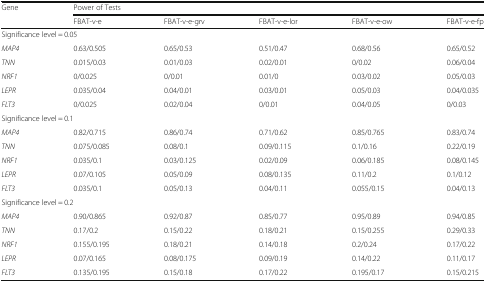
<table><thead><tr><td rowspan="2"><b>Gene</b></td><td colspan="5"><b>Power of Tests</b></td></tr><tr><td><b>FBAT-v-e</b></td><td><b>FBAT-v-e-grv</b></td><td><b>FBAT-v-e-lor</b></td><td><b>FBAT-v-e-ow</b></td><td><b>FBAT-v-e-fp</b></td></tr></thead><tbody><tr><td colspan="5">Significance level = 0.05</td><td></td></tr><tr><td><i>MAP4</i></td><td>0.63/0.505</td><td>0.65/0.53</td><td>0.51/0.47</td><td>0.68/0.56</td><td>0.65/0.52</td></tr><tr><td><i>TNN</i></td><td>0.015/0.03</td><td>0.01/0.03</td><td>0.02/0.01</td><td>0/0.02</td><td>0.06/0.04</td></tr><tr><td><i>NRF1</i></td><td>0/0.025</td><td>0/0.01</td><td>0.01/0</td><td>0.03/0.02</td><td>0.05/0.03</td></tr><tr><td><i>LEPR</i></td><td>0.035/0.04</td><td>0.04/0.01</td><td>0.03/0.01</td><td>0.05/0.03</td><td>0.04/0.035</td></tr><tr><td><i>FLT3</i></td><td>0/0.025</td><td>0.02/0.04</td><td>0/0.01</td><td>0.04/0.05</td><td>0/0.03</td></tr><tr><td colspan="5">Significance level = 0.1</td><td></td></tr><tr><td><i>MAP4</i></td><td>0.82/0.715</td><td>0.86/0.74</td><td>0.71/0.62</td><td>0.85/0.765</td><td>0.83/0.74</td></tr><tr><td><i>TNN</i></td><td>0.075/0.085</td><td>0.08/0.1</td><td>0.09/0.115</td><td>0.1/0.16</td><td>0.22/0.19</td></tr><tr><td><i>NRF1</i></td><td>0.035/0.1</td><td>0.03/0.125</td><td>0.02/0.09</td><td>0.06/0.185</td><td>0.08/0.145</td></tr><tr><td><i>LEPR</i></td><td>0.07/0.105</td><td>0.05/0.09</td><td>0.08/0.135</td><td>0.11/0.2</td><td>0.1/0.12</td></tr><tr><td><i>FLT3</i></td><td>0.035/0.1</td><td>0.05/0.13</td><td>0.04/0.11</td><td>0.055/0.15</td><td>0.04/0.13</td></tr><tr><td colspan="5">Significance level = 0.2</td><td></td></tr><tr><td><i>MAP4</i></td><td>0.90/0.865</td><td>0.92/0.87</td><td>0.85/0.77</td><td>0.95/0.89</td><td>0.94/0.85</td></tr><tr><td><i>TNN</i></td><td>0.17/0.2</td><td>0.15/0.22</td><td>0.18/0.21</td><td>0.15/0.255</td><td>0.29/0.33</td></tr><tr><td><i>NRF1</i></td><td>0.155/0.195</td><td>0.18/0.21</td><td>0.14/0.18</td><td>0.2/0.24</td><td>0.17/0.22</td></tr><tr><td><i>LEPR</i></td><td>0.07/0.165</td><td>0.08/0.175</td><td>0.09/0.19</td><td>0.14/0.22</td><td>0.11/0.17</td></tr><tr><td><i>FLT3</i></td><td>0.135/0.195</td><td>0.15/0.18</td><td>0.17/0.22</td><td>0.195/0.17</td><td>0.15/0.215</td></tr></tbody></table>